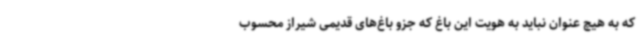
که به هیچ عنوان نباید به هویت این باغ که جزو باغ‌های قدیمی شیراز محسوب